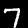
Digit: 7